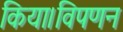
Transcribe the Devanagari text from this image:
किया।विपणन